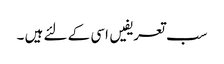
سب تعریفیں اسی کے لئے ہیں ۔